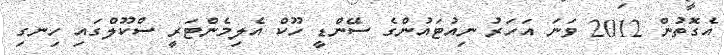
އެގޮތުން 2012 ވަނަ އަހަރު ނިއުޓައުންގެ ސޭންޑީ ހޫކް އެލިމެންޓަރީ ސްކޫލްގައި ހިނގި